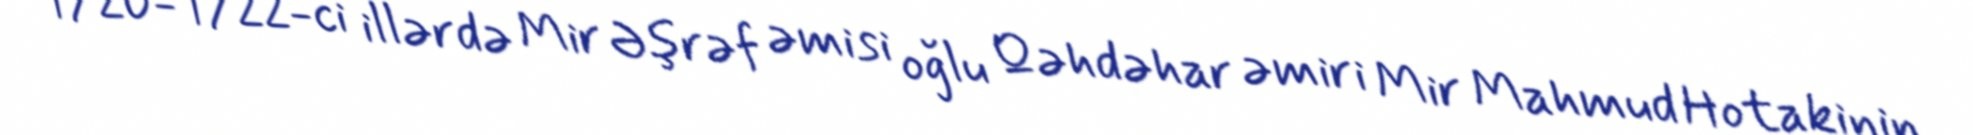
1720-1722-ci illərdə Mir Əşrəf əmisi oğlu Qəhdəhar əmiri Mir Mahmud Hotakinin